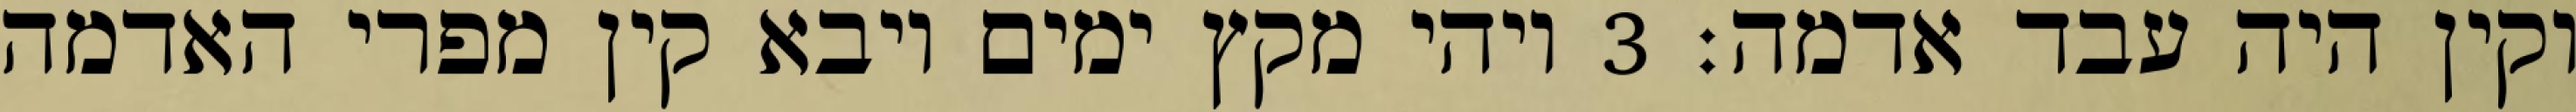
וקין היה עבד אדמה׃ ‎3‏ ויהי מקץ ימים ויבא קין מפרי האדמה